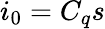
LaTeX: i_{0}=C_{q}s